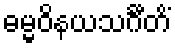
ဓမ္မဝိနယသင်္ဂီတိံ